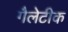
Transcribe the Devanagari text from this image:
गैलेटीक